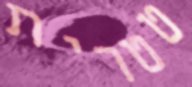
טטרית